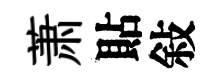
萧貼敍